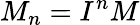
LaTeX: M_{n}=I^{n}M